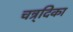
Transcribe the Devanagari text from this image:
चन्र्दिका